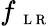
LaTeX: f_{\mathrm{~\scriptsize~L~R~}}